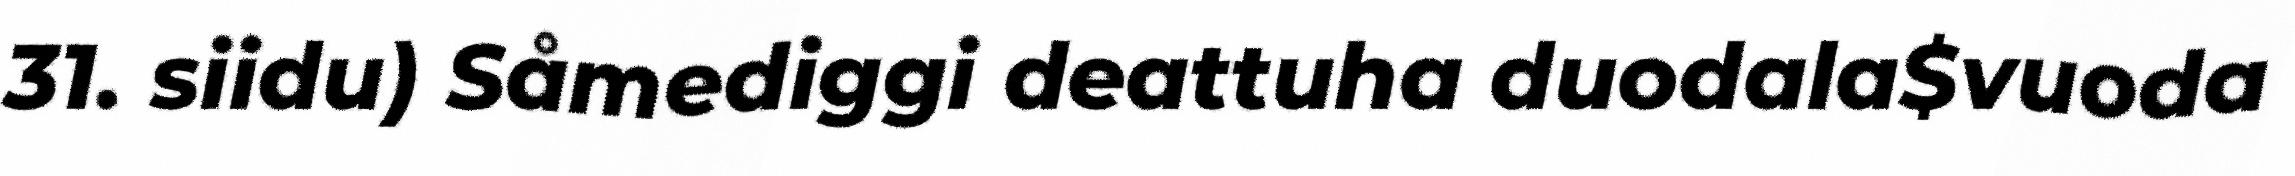
31. siidu) Såmediggi deattuha duodala$vuoda